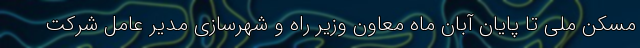
مسکن ملی تا پایان آبان ماه معاون وزیر راه و شهرسازی مدیر عامل شرکت